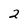
Character: 2